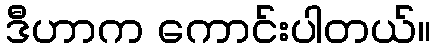
ဒီဟာက ကောင်းပါတယ်။